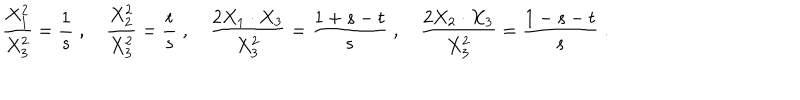
{ \frac { X _ { 1 } ^ { 2 } } { X _ { 3 } ^ { 2 } } } = { \frac { 1 } { s } } \; , \quad { \frac { X _ { 2 } ^ { 2 } } { X _ { 3 } ^ { 2 } } } = { \frac { t } { s } } \; , \quad { \frac { 2 X _ { 1 } \cdot X _ { 3 } } { X _ { 3 } ^ { 2 } } } = { \frac { 1 + s - t } { s } } \; , \quad { \frac { 2 X _ { 2 } \cdot X _ { 3 } } { X _ { 3 } ^ { 2 } } } = { \frac { 1 - s - t } { s } } \; .